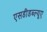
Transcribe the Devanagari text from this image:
एसडीडब्ल्यूए